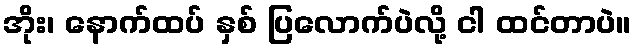
အိုး၊ နောက်ထပ် နှစ် ပြလောက်ပဲလို့ ငါ ထင်တာပဲ။